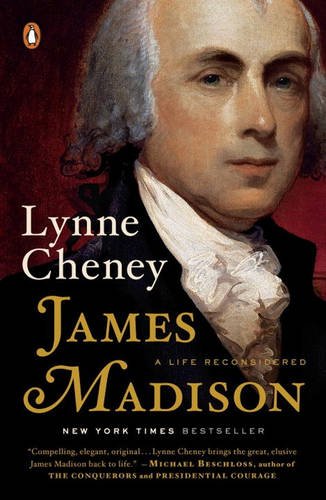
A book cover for James Madison: A Life Reconsidered; Lynne Cheney; History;